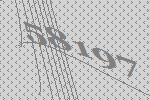
58197